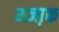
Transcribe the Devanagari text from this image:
मजा़क